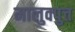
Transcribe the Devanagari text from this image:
मालुक्पुत्त